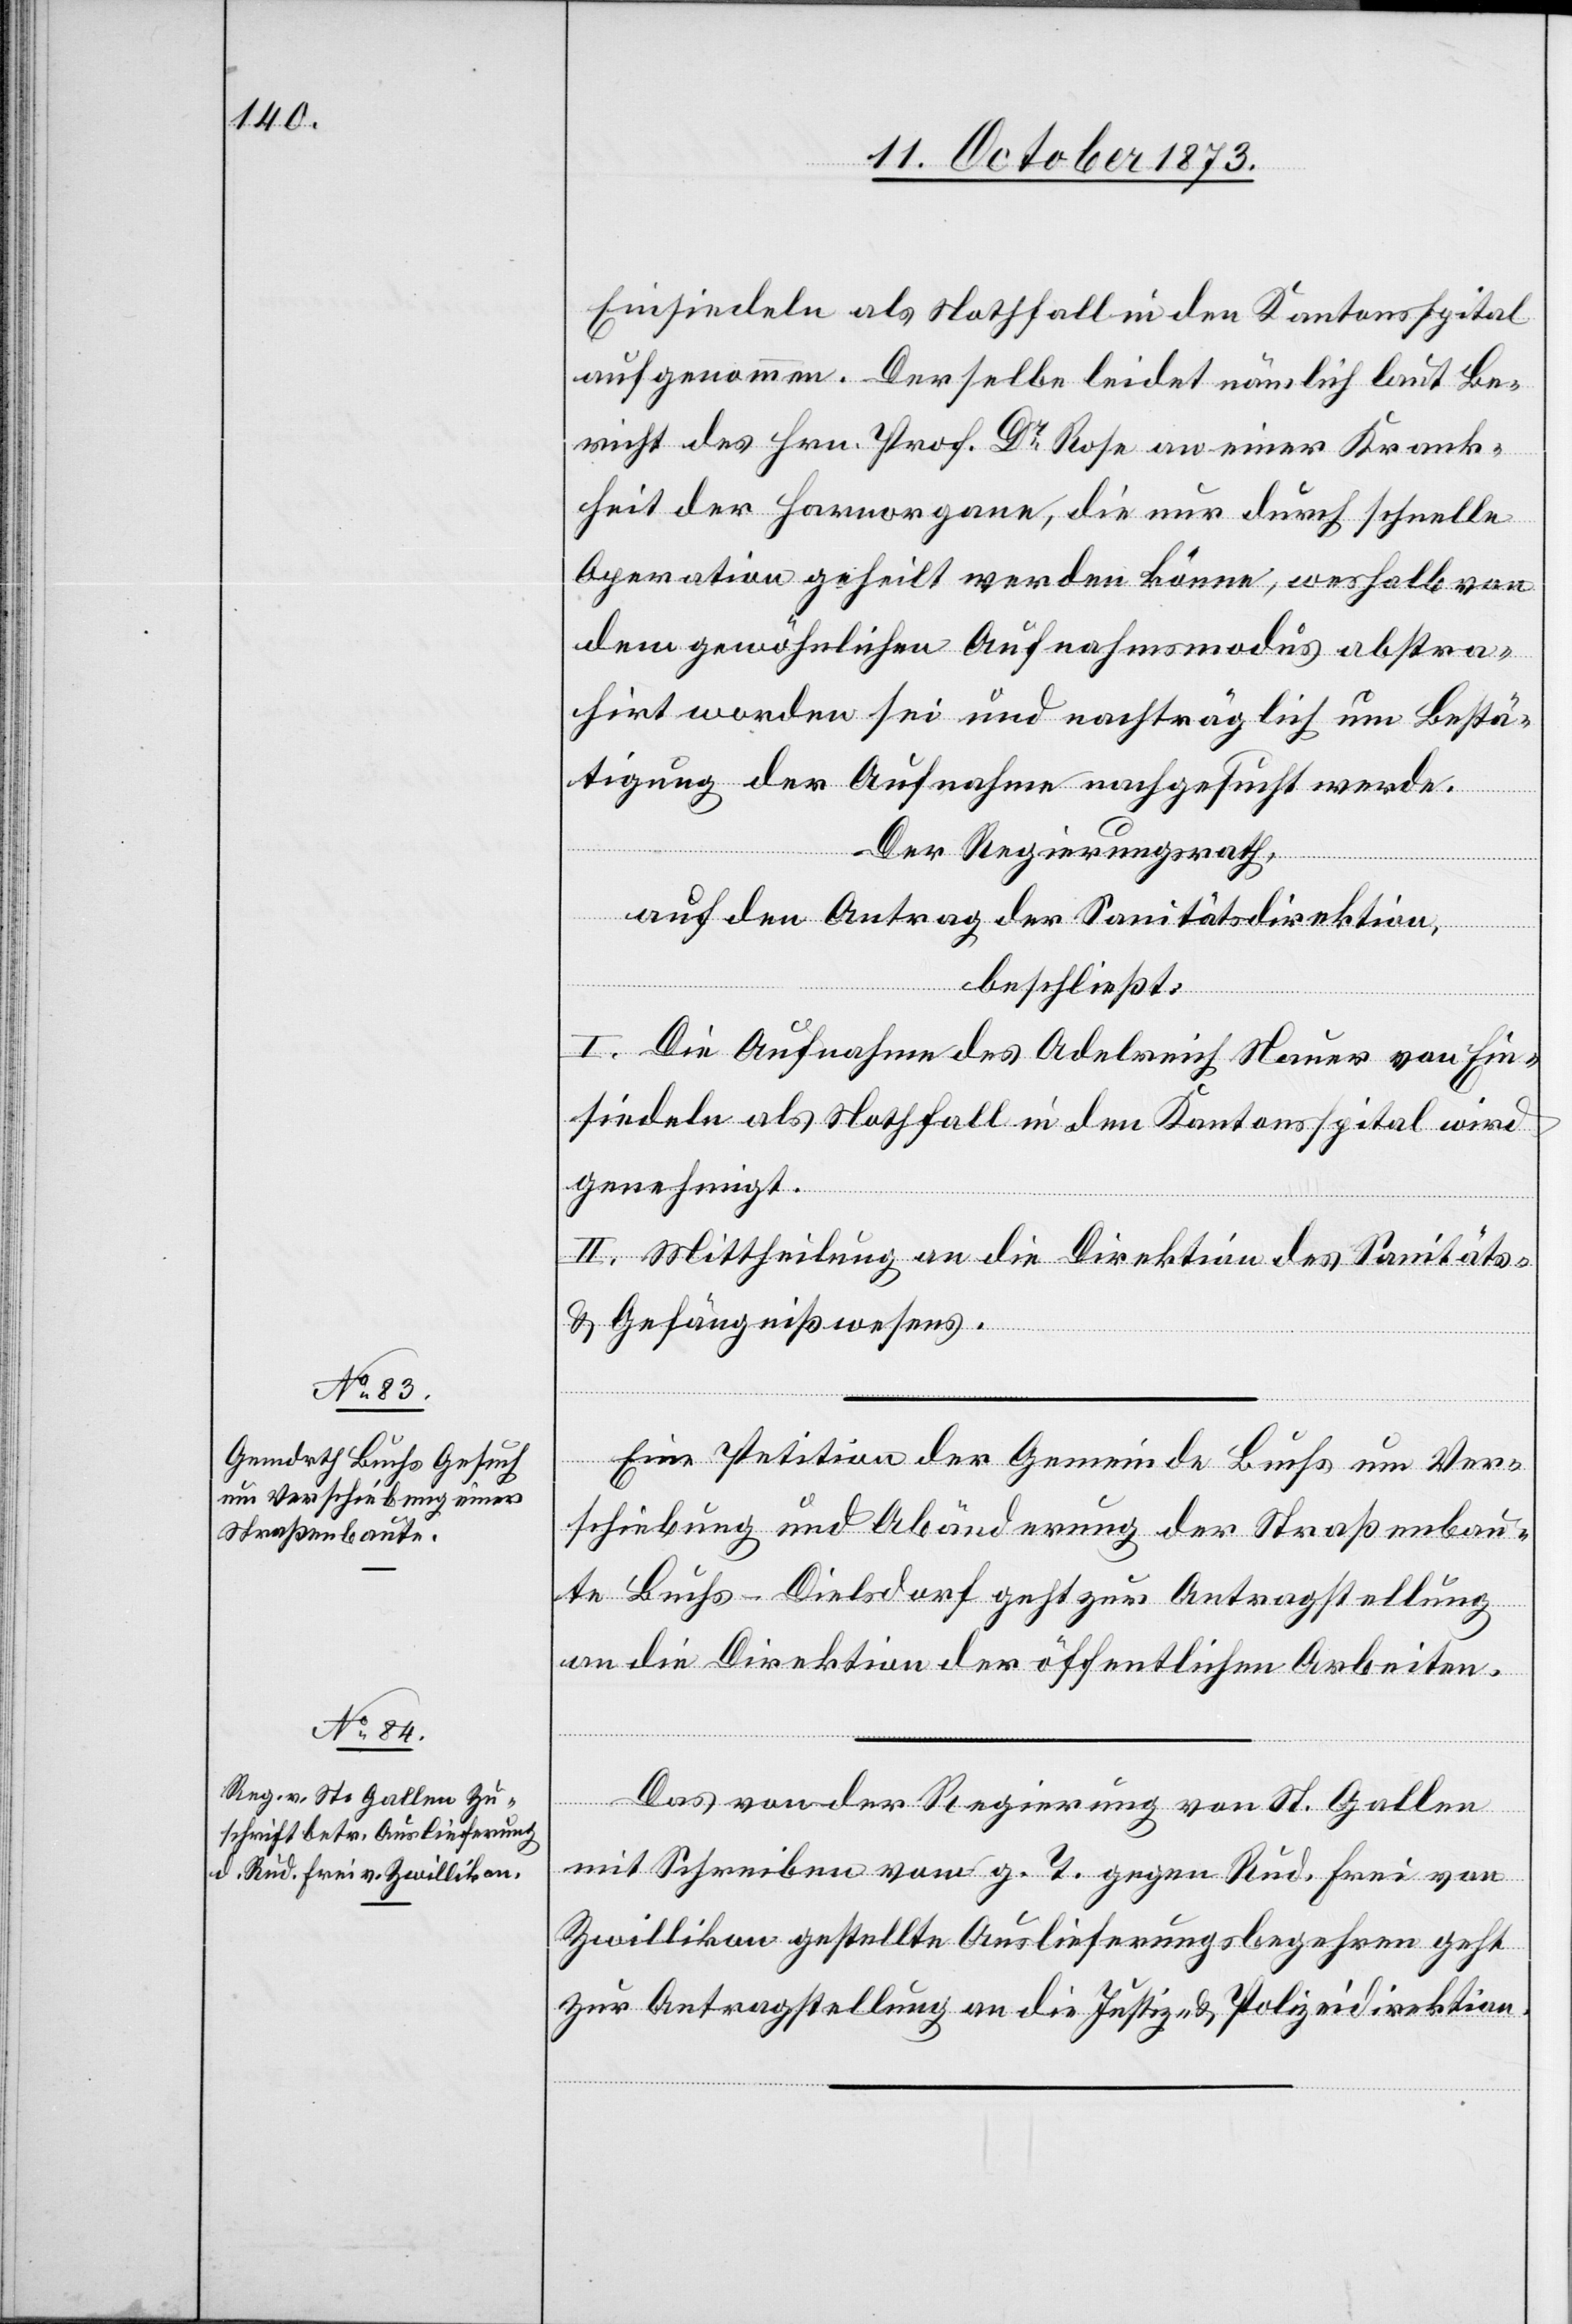
14. October 1873.]
Einsiedeln als Nothfall in den Kantonsspital
aufgenommen. Derselbe leidet nämlich laut Be¬
richt des Hrn. Prof. Dr Rose an einer Krank¬
heit der Harnorgane, die nur durch schnelle
Operation geheilt werden könne, weshalb von
dem gewöhnlichen Aufnahmsmodus abstra¬
hirt worden sei und nachträglich um Bestä¬
tigung der Aufnahme nachgesucht werde.
Der Regierungsrath,
auf den Antrag der Sanitätsdirektion,
beschließt:
I. Die Aufnahme des Adelreich Nauer von Ein¬
siedeln als Nothfall in den Kantonsspital wird
genehmigt.
II. Mittheilung an die Direktion des Sanitäts-
& Gefängnißwesens.
Eine Petition der Gemeinde Buchs um Ver¬
schiebung und Abänderung der Straßenbau¬
te Buchs–Dielsdorf geht zur Antragstellung
an die Direktion der öffentlichen Arbeiten.
Das von der Regierung von St. Gallen
mit Schreiben vom g. T. gegen Rud. Frei von
Zwillikon gestellte Auslieferungsbegehren geht
zur Antragstellung an die Justiz- & Polizeidirektion.